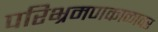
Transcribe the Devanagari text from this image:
परिभ्रमणकाळावर